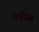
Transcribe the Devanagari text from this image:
कपिस